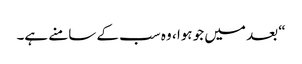
“ بعد میں جو ہوا ، وہ سب کے سامنے ہے۔